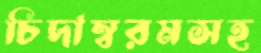
চিদাম্বরমসহ